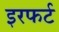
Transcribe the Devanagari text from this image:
इरफर्ट